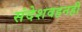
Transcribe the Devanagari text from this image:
संदेशवहनही